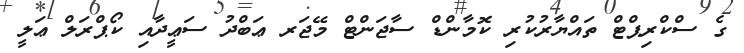
ގެ ސްކްރިޕްޓް ތައްޔާރުކުރި ކޮމާންޑް ސާޖަންޓް މޭޖަރ ޢަބްދު ސަޢީދާއި ކޯޕްރަލް ޢަލީ